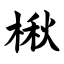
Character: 楸